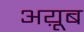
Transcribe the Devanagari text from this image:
अय़ूब